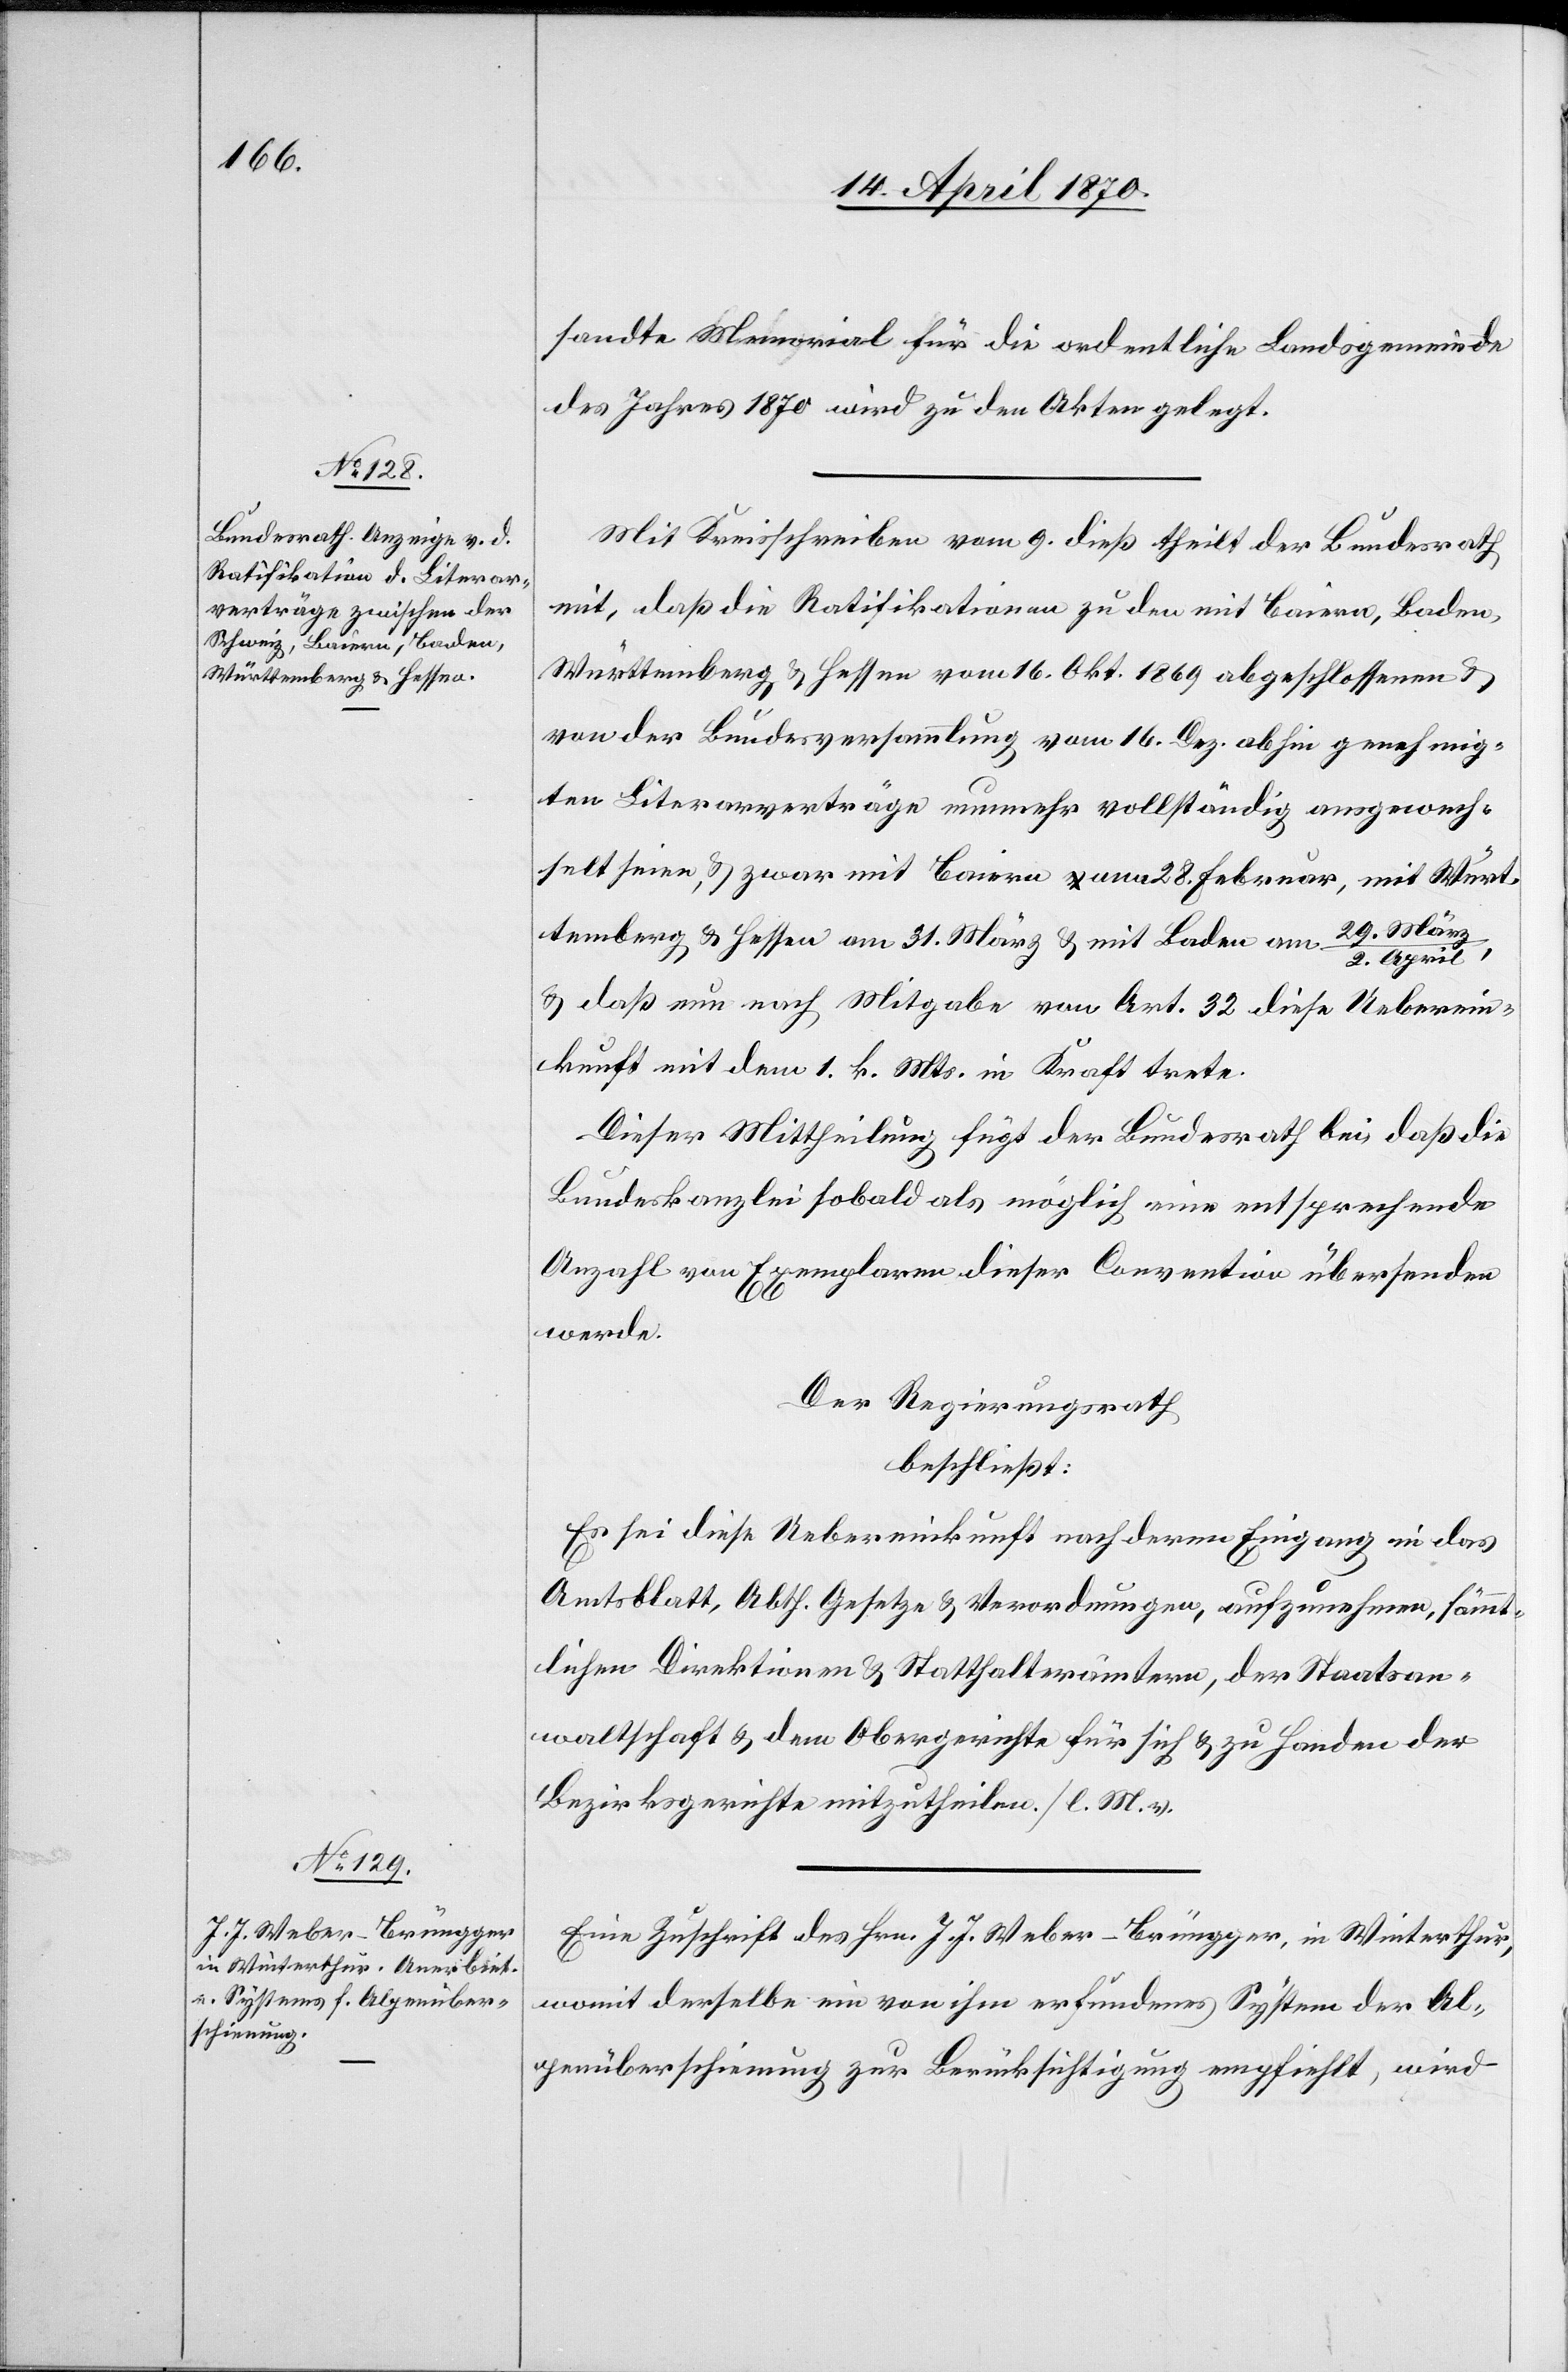
sandte Memorial für die ordentliche Landsgemeinde
des Jahres 1870 wird zu den Akten gelegt.
Mit Kreisschreiben vom 9. dieß theilt der Bundesrath
mit, daß die Ratifikationen zu den mit Baiern, Baden,
Württemberg & Hessen vom 16. Okt. 1869 abgeschlossenen &
von der Bundesversammlung vom 16. Dez. abhin genehmig¬
ten Literarverträge nunmehr vollständig ausgewech¬
selt seien, & zwar mit Baiern am 28. Februar, mit Würt¬
temberg & Hessen am 31. März & mit Baden am 29. Mär¬
z/2. April,
& daß nun nach Mitgabe von Art. 32 diese Ueberein¬
kunft mit dem 1. k. Mts. in Kraft trete.
Dieser Mittheilung fügt der Bundesrath bei, daß die
Bundeskanzlei sobald als möglich eine entsprechende
Anzahl von Exemplaren dieser Convention übersenden
werde.
Der Regierungsrath
beschließt:
Es sei diese Uebereinkunft nach deren Eingang in das
Amtsblatt, Abth. Gesetze & Verordnungen, aufzunehmen, sämmt¬
lichen Direktionen & Statthalterämtern, der Staatsan¬
waltschaft & dem Obergerichte für sich & zu Handen der
Bezirksgerichte mitzutheilen. [l. M. v.…
Eine Zuschrift des Hrn. J. J. Weber-Brünegger, in Winterthur,
womit derselbe ein von ihm erfundenes System der Al¬
penüberschienung zur Berücksichtigung empfiehlt, wird